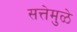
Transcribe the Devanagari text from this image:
सत्तेमुळे